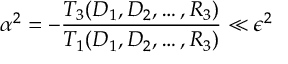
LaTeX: \alpha ^ { 2 } = - \frac { T _ { 3 } ( D _ { 1 } , D _ { 2 } , \dots , R _ { 3 } ) } { T _ { 1 } ( D _ { 1 } , D _ { 2 } , \dots , R _ { 3 } ) } \ll \epsilon ^ { 2 }